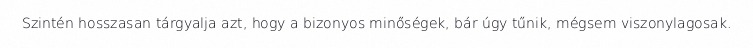
Szintén hosszasan tárgyalja azt, hogy a bizonyos minőségek, bár úgy tűnik, mégsem viszonylagosak.